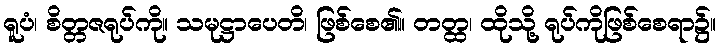
ရူပံ၊ စိတ္တဇရုပ်ကို။ သမုဋ္ဌာပေတိ၊ ဖြစ်စေ၏။ တတ္ထ၊ ထိုသို့ ရုပ်ကိုဖြစ်စေရာ၌။